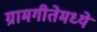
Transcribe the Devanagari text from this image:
ग्रामगीतेमध्ये